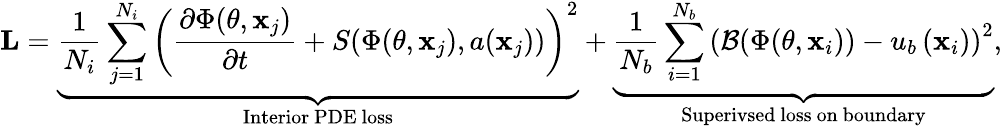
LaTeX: \mathbf{L}=\underbrace{\frac{1}{N_{i}}\sum_{j=1}^{N_{i}}\left(\frac{\partial\Phi(\theta,\mathbf{x}_{j})}{\partial t}+S(\Phi(\theta,\mathbf{x}_{j}),a(\mathbf{x}_{j}))\right)^{2}}_{\mathrm{Interior~PDE~loss}}+\underbrace{\frac{1}{N_{b}}\sum_{i=1}^{N_{b}}\left(\mathcal{B}(\Phi(\theta,\mathbf{x}_{i}))-u_{b}\left(\mathbf{x}_{i}\right)\right)^{2}}_{\mathrm{Superivsed~loss~on~boundary}},